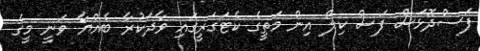
ފަސްދޮޅަސް ފަސް ކިލޯ އިން މަތީގެ ކެޓަގަރީގައި ވާދަކުރާ ބެއްޔާ ވަނީ މީގެ